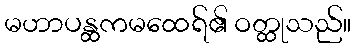
မဟာပန္ထကမထေရ်၏ ဝတ္ထုသည်။